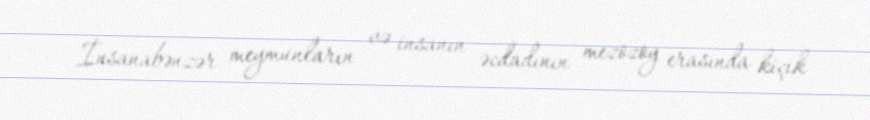
İnsanabənzər meymunların və insanın əcdadının mezozoy erasında kiçik